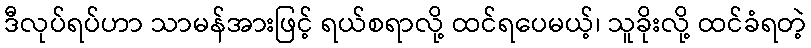
ဒီလုပ်ရပ်ဟာ သာမန်အားဖြင့် ရယ်စရာလို့ ထင်ရပေမယ့်၊ သူခိုးလို့ ထင်ခံရတဲ့